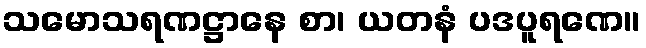
သမောသရဏဋ္ဌာနေ စာ၊ ယတနံ ပဒပူရဏေ။